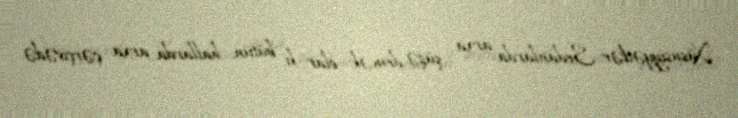
Xüsusiyyətlər Sedanlarda arxa şüşə demək olar ki bütün hallarda arxa çərçivədə